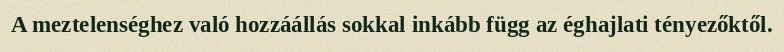
A meztelenséghez való hozzáállás sokkal inkább függ az éghajlati tényezőktől.